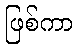
ဖြစ်ကာ